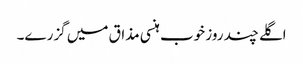
اگلے چند روز خوب ہنسی مذاق میں گزرے۔